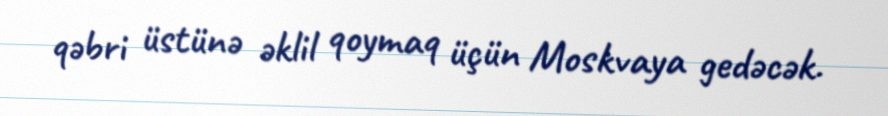
qəbri üstünə əklil qoymaq üçün Moskvaya gedəcək.